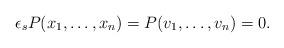
LaTeX: \begin{align*}\epsilon_sP(x_1, \ldots, x_n)=P(v_1, \ldots, v_n)=0.\end{align*}